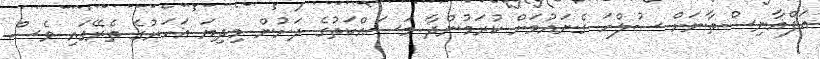
އަފްޣާނިސްތާނަށް ސުލްހަ ގެނައުމަށް ކުރަމުންދާ މަސައްކަތުގެ ދަށުން މިދިޔަ އަހަރުގެ ތެރޭގައި ވެސް